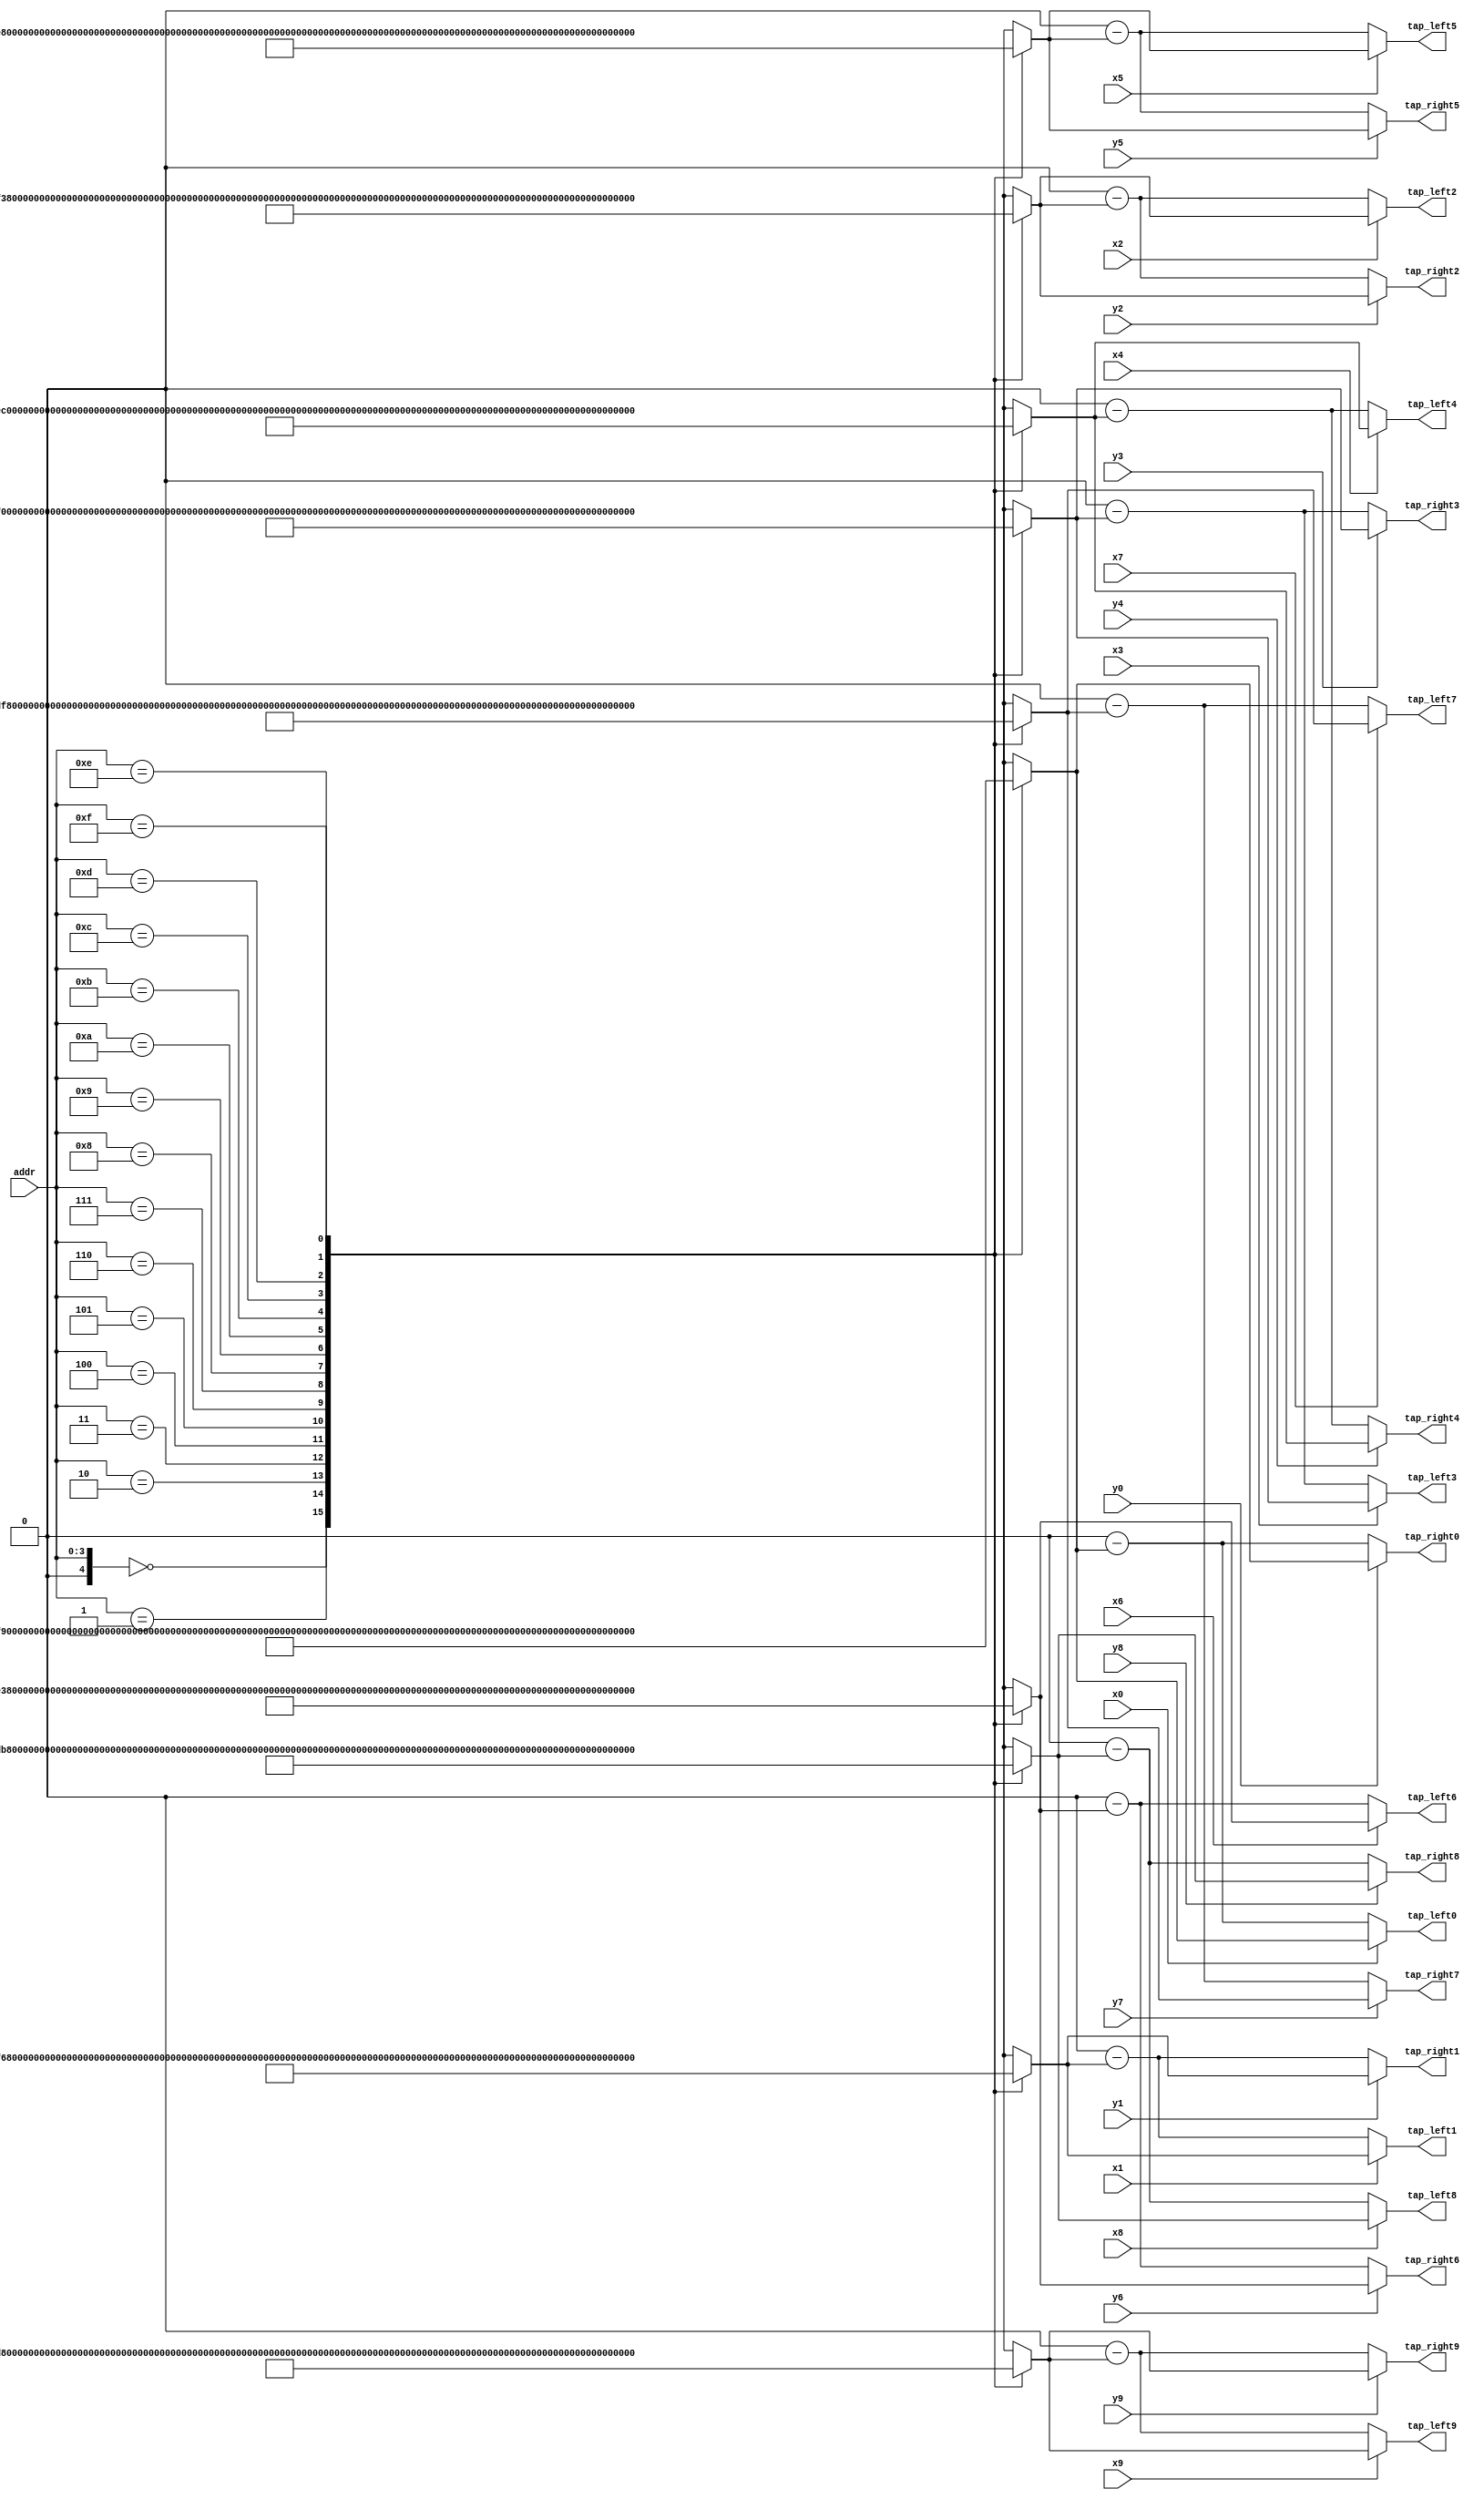
module deci32_rom(
input x0,
input x1,
input x2,
input x3,
input x4,
input x5,
input x6,
input x7,
input x8,
input x9,
input y0,
input y1,
input y2,
input y3,
input y4,
input y5,
input y6,
input y7,
input y8,
input y9,
output signed [31:0] tap_left0,
output signed [31:0] tap_left1,
output signed [31:0] tap_left2,
output signed [31:0] tap_left3,
output signed [31:0] tap_left4,
output signed [31:0] tap_left5,
output signed [31:0] tap_left6,
output signed [31:0] tap_left7,
output signed [31:0] tap_left8,
output signed [31:0] tap_left9,
output signed [31:0] tap_right0,
output signed [31:0] tap_right1,
output signed [31:0] tap_right2,
output signed [31:0] tap_right3,
output signed [31:0] tap_right4,
output signed [31:0] tap_right5,
output signed [31:0] tap_right6,
output signed [31:0] tap_right7,
output signed [31:0] tap_right8,
output signed [31:0] tap_right9,
input [3:0] addr
);

wire signed [31:0] TAP128_MAP0[0:31];
wire signed [31:0] TAP128_MAP1[0:31];
wire signed [31:0] TAP128_MAP2[0:31];
wire signed [31:0] TAP128_MAP3[0:31];
wire signed [31:0] TAP128_MAP4[0:31];
wire signed [31:0] TAP128_MAP5[0:31];
wire signed [31:0] TAP128_MAP6[0:31];
wire signed [31:0] TAP128_MAP7[0:31];
wire signed [31:0] TAP128_MAP8[0:31];
wire signed [31:0] TAP128_MAP9[0:31];

assign TAP128_MAP0[0] = -131;
assign TAP128_MAP1[0] = -332;
assign TAP128_MAP2[0] = -732;
assign TAP128_MAP3[0] = -1425;
assign TAP128_MAP4[0] = -2545;
assign TAP128_MAP5[0] = -4260;
assign TAP128_MAP6[0] = -6769;
assign TAP128_MAP7[0] = -10299;
assign TAP128_MAP8[0] = -15096;
assign TAP128_MAP9[0] = -21405;
assign TAP128_MAP0[1] = -29455;
assign TAP128_MAP1[1] = -39426;
assign TAP128_MAP2[1] = -51416;
assign TAP128_MAP3[1] = -65402;
assign TAP128_MAP4[1] = -81196;
assign TAP128_MAP5[1] = -98399;
assign TAP128_MAP6[1] = -116360;
assign TAP128_MAP7[1] = -134137;
assign TAP128_MAP8[1] = -150472;
assign TAP128_MAP9[1] = -163777;
assign TAP128_MAP0[2] = -172143;
assign TAP128_MAP1[2] = -173378;
assign TAP128_MAP2[2] = -165064;
assign TAP128_MAP3[2] = -144658;
assign TAP128_MAP4[2] = -109622;
assign TAP128_MAP5[2] = -57582;
assign TAP128_MAP6[2] = 13472;
assign TAP128_MAP7[2] = 104973;
assign TAP128_MAP8[2] = 217538;
assign TAP128_MAP9[2] = 350726;
assign TAP128_MAP0[3] = 502814;
assign TAP128_MAP1[3] = 670584;
assign TAP128_MAP2[3] = 849165;
assign TAP128_MAP3[3] = 1031934;
assign TAP128_MAP4[3] = 1210494;
assign TAP128_MAP5[3] = 1374753;
assign TAP128_MAP6[3] = 1513112;
assign TAP128_MAP7[3] = 1612776;
assign TAP128_MAP8[3] = 1660189;
assign TAP128_MAP9[3] = 1641596;
assign TAP128_MAP0[4] = 1543714;
assign TAP128_MAP1[4] = 1354506;
assign TAP128_MAP2[4] = 1064026;
assign TAP128_MAP3[4] = 665303;
assign TAP128_MAP4[4] = 155232;
assign TAP128_MAP5[4] = -464585;
assign TAP128_MAP6[4] = -1187092;
assign TAP128_MAP7[4] = -1999159;
assign TAP128_MAP8[4] = -2881169;
assign TAP128_MAP9[4] = -3806833;
assign TAP128_MAP0[5] = -4743275;
assign TAP128_MAP1[5] = -5651429;
assign TAP128_MAP2[5] = -6486749;
assign TAP128_MAP3[5] = -7200243;
assign TAP128_MAP4[5] = -7739819;
assign TAP128_MAP5[5] = -8051914;
assign TAP128_MAP6[5] = -8083362;
assign TAP128_MAP7[5] = -7783439;
assign TAP128_MAP8[5] = -7106010;
assign TAP128_MAP9[5] = -6011703;
assign TAP128_MAP0[6] = -4470003;
assign TAP128_MAP1[6] = -2461189;
assign TAP128_MAP2[6] = 22004;
assign TAP128_MAP3[6] = 2973065;
assign TAP128_MAP4[6] = 6370824;
assign TAP128_MAP5[6] = 10179063;
assign TAP128_MAP6[6] = 14346668;
assign TAP128_MAP7[6] = 18808355;
assign TAP128_MAP8[6] = 23485957;
assign TAP128_MAP9[6] = 28290258;
assign TAP128_MAP0[7] = 33123321;
assign TAP128_MAP1[7] = 37881243;
assign TAP128_MAP2[7] = 42457229;
assign TAP128_MAP3[7] = 46744893;
assign TAP128_MAP4[7] = 50641647;
assign TAP128_MAP5[7] = 54052053;
assign TAP128_MAP6[7] = 56891001;
assign TAP128_MAP7[7] = 59086595;
assign TAP128_MAP8[7] = 60582611;
assign TAP128_MAP9[7] = 61340442;
assign TAP128_MAP0[8] = 61340442;
assign TAP128_MAP1[8] = 60582611;
assign TAP128_MAP2[8] = 59086595;
assign TAP128_MAP3[8] = 56891001;
assign TAP128_MAP4[8] = 54052053;
assign TAP128_MAP5[8] = 50641647;
assign TAP128_MAP6[8] = 46744893;
assign TAP128_MAP7[8] = 42457229;
assign TAP128_MAP8[8] = 37881243;
assign TAP128_MAP9[8] = 33123321;
assign TAP128_MAP0[9] = 28290258;
assign TAP128_MAP1[9] = 23485957;
assign TAP128_MAP2[9] = 18808355;
assign TAP128_MAP3[9] = 14346668;
assign TAP128_MAP4[9] = 10179063;
assign TAP128_MAP5[9] = 6370824;
assign TAP128_MAP6[9] = 2973065;
assign TAP128_MAP7[9] = 22004;
assign TAP128_MAP8[9] = -2461189;
assign TAP128_MAP9[9] = -4470003;
assign TAP128_MAP0[10] = -6011703;
assign TAP128_MAP1[10] = -7106010;
assign TAP128_MAP2[10] = -7783439;
assign TAP128_MAP3[10] = -8083362;
assign TAP128_MAP4[10] = -8051914;
assign TAP128_MAP5[10] = -7739819;
assign TAP128_MAP6[10] = -7200243;
assign TAP128_MAP7[10] = -6486749;
assign TAP128_MAP8[10] = -5651429;
assign TAP128_MAP9[10] = -4743275;
assign TAP128_MAP0[11] = -3806833;
assign TAP128_MAP1[11] = -2881169;
assign TAP128_MAP2[11] = -1999159;
assign TAP128_MAP3[11] = -1187092;
assign TAP128_MAP4[11] = -464585;
assign TAP128_MAP5[11] = 155232;
assign TAP128_MAP6[11] = 665303;
assign TAP128_MAP7[11] = 1064026;
assign TAP128_MAP8[11] = 1354506;
assign TAP128_MAP9[11] = 1543714;
assign TAP128_MAP0[12] = 1641596;
assign TAP128_MAP1[12] = 1660189;
assign TAP128_MAP2[12] = 1612776;
assign TAP128_MAP3[12] = 1513112;
assign TAP128_MAP4[12] = 1374753;
assign TAP128_MAP5[12] = 1210494;
assign TAP128_MAP6[12] = 1031934;
assign TAP128_MAP7[12] = 849165;
assign TAP128_MAP8[12] = 670584;
assign TAP128_MAP9[12] = 502814;
assign TAP128_MAP0[13] = 350726;
assign TAP128_MAP1[13] = 217538;
assign TAP128_MAP2[13] = 104973;
assign TAP128_MAP3[13] = 13472;
assign TAP128_MAP4[13] = -57582;
assign TAP128_MAP5[13] = -109622;
assign TAP128_MAP6[13] = -144658;
assign TAP128_MAP7[13] = -165064;
assign TAP128_MAP8[13] = -173378;
assign TAP128_MAP9[13] = -172143;
assign TAP128_MAP0[14] = -163777;
assign TAP128_MAP1[14] = -150472;
assign TAP128_MAP2[14] = -134137;
assign TAP128_MAP3[14] = -116360;
assign TAP128_MAP4[14] = -98399;
assign TAP128_MAP5[14] = -81196;
assign TAP128_MAP6[14] = -65402;
assign TAP128_MAP7[14] = -51416;
assign TAP128_MAP8[14] = -39426;
assign TAP128_MAP9[14] = -29455;
assign TAP128_MAP0[15] = -21405;
assign TAP128_MAP1[15] = -15096;
assign TAP128_MAP2[15] = -10299;
assign TAP128_MAP3[15] = -6769;
assign TAP128_MAP4[15] = -4260;
assign TAP128_MAP5[15] = -2545;
assign TAP128_MAP6[15] = -1425;
assign TAP128_MAP7[15] = -732;
assign TAP128_MAP8[15] = -332;
assign TAP128_MAP9[15] = -131;

wire signed [31:0]l128_0 = x0 ? TAP128_MAP0[addr] : (32'd0 - TAP128_MAP0[addr]);
wire signed [31:0]r128_0 = y0 ? TAP128_MAP0[addr] : (32'd0 - TAP128_MAP0[addr]);
assign tap_left0 = l128_0;
assign tap_right0 = r128_0;
wire signed [31:0]l128_1 = x1 ? TAP128_MAP1[addr] : (32'd0 - TAP128_MAP1[addr]);
wire signed [31:0]r128_1 = y1 ? TAP128_MAP1[addr] : (32'd0 - TAP128_MAP1[addr]);
assign tap_left1 = l128_1;
assign tap_right1 = r128_1;
wire signed [31:0]l128_2 = x2 ? TAP128_MAP2[addr] : (32'd0 - TAP128_MAP2[addr]);
wire signed [31:0]r128_2 = y2 ? TAP128_MAP2[addr] : (32'd0 - TAP128_MAP2[addr]);
assign tap_left2 = l128_2;
assign tap_right2 = r128_2;
wire signed [31:0]l128_3 = x3 ? TAP128_MAP3[addr] : (32'd0 - TAP128_MAP3[addr]);
wire signed [31:0]r128_3 = y3 ? TAP128_MAP3[addr] : (32'd0 - TAP128_MAP3[addr]);
assign tap_left3 = l128_3;
assign tap_right3 = r128_3;
wire signed [31:0]l128_4 = x4 ? TAP128_MAP4[addr] : (32'd0 - TAP128_MAP4[addr]);
wire signed [31:0]r128_4 = y4 ? TAP128_MAP4[addr] : (32'd0 - TAP128_MAP4[addr]);
assign tap_left4 = l128_4;
assign tap_right4 = r128_4;
wire signed [31:0]l128_5 = x5 ? TAP128_MAP5[addr] : (32'd0 - TAP128_MAP5[addr]);
wire signed [31:0]r128_5 = y5 ? TAP128_MAP5[addr] : (32'd0 - TAP128_MAP5[addr]);
assign tap_left5 = l128_5;
assign tap_right5 = r128_5;
wire signed [31:0]l128_6 = x6 ? TAP128_MAP6[addr] : (32'd0 - TAP128_MAP6[addr]);
wire signed [31:0]r128_6 = y6 ? TAP128_MAP6[addr] : (32'd0 - TAP128_MAP6[addr]);
assign tap_left6 = l128_6;
assign tap_right6 = r128_6;
wire signed [31:0]l128_7 = x7 ? TAP128_MAP7[addr] : (32'd0 - TAP128_MAP7[addr]);
wire signed [31:0]r128_7 = y7 ? TAP128_MAP7[addr] : (32'd0 - TAP128_MAP7[addr]);
assign tap_left7 = l128_7;
assign tap_right7 = r128_7;
wire signed [31:0]l128_8 = x8 ? TAP128_MAP8[addr] : (32'd0 - TAP128_MAP8[addr]);
wire signed [31:0]r128_8 = y8 ? TAP128_MAP8[addr] : (32'd0 - TAP128_MAP8[addr]);
assign tap_left8 = l128_8;
assign tap_right8 = r128_8;
wire signed [31:0]l128_9 = x9 ? TAP128_MAP9[addr] : (32'd0 - TAP128_MAP9[addr]);
wire signed [31:0]r128_9 = y9 ? TAP128_MAP9[addr] : (32'd0 - TAP128_MAP9[addr]);
assign tap_left9 = l128_9;
assign tap_right9 = r128_9;

endmodule